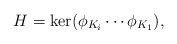
\begin{align*}H = \ker(\phi_{K_i} \cdots \phi_{K_1}), \end{align*}